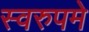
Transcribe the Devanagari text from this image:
स्वरुपमे